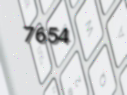
7654